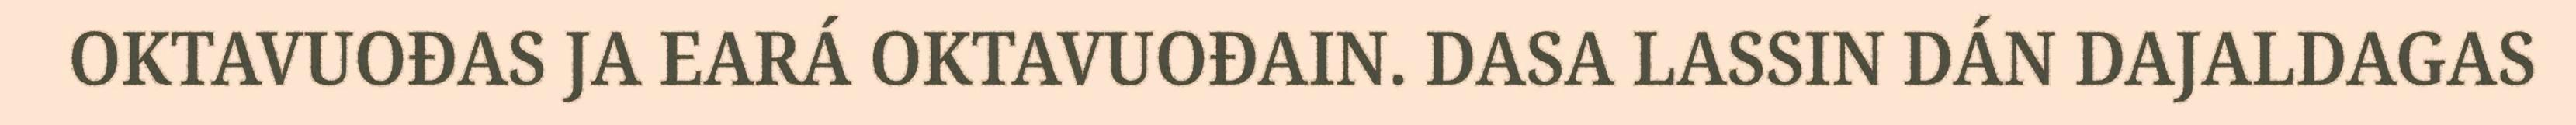
OKTAVUOĐAS JA EARÁ OKTAVUOĐAIN. DASA LASSIN DÁN DAJALDAGAS